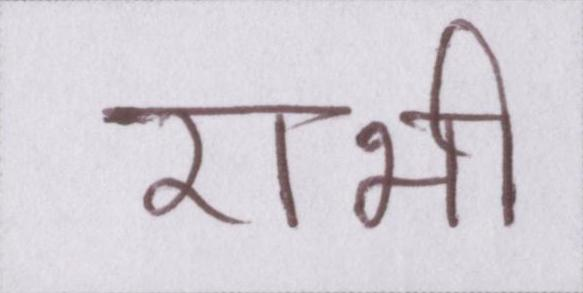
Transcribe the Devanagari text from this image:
राभी